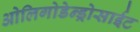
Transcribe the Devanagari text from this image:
ओलिगोडेन्ड्रोसाईट